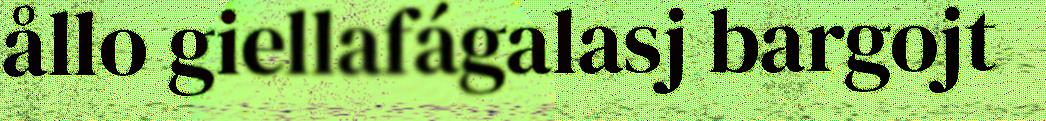
ållo giellafágalasj bargojt